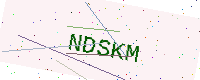
Text: NDSKM